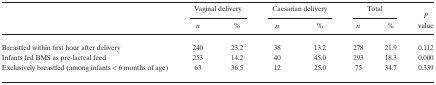
<table><thead><tr><td rowspan="2"></td><td colspan="2"><b>Vaginal delivery</b></td><td colspan="2"><b>Caesarian delivery</b></td><td colspan="2"><b>Total</b></td><td rowspan="2"><b><i>P</i> value</b></td></tr><tr><td><b><i>n</i></b></td><td><b>%</b></td><td><b><i>n</i></b></td><td><b>%</b></td><td><b><i>n</i></b></td><td><b>%</b></td></tr></thead><tbody><tr><td>Breastfed within first hour after delivery</td><td>240</td><td>23.2</td><td>38</td><td>13.2</td><td>278</td><td>21.9</td><td>0.112</td></tr><tr><td>Infants fed BMS as pre‐lacteal feed</td><td>253</td><td>14.2</td><td>40</td><td>45.0</td><td>293</td><td>18.3</td><td>0.000</td></tr><tr><td>Exclusively breastfed (among infants &lt; 6 months of age)</td><td>63</td><td>36.5</td><td>12</td><td>25.0</td><td>75</td><td>34.7</td><td>0.339</td></tr></tbody></table>